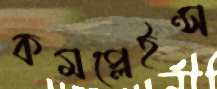
কমপ্লেইন্স